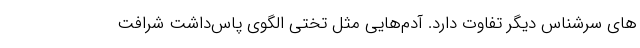
های سرشناس دیگر تفاوت دارد. آدم‌هایی مثل تختی الگوی پاس‌داشتِ شرافت